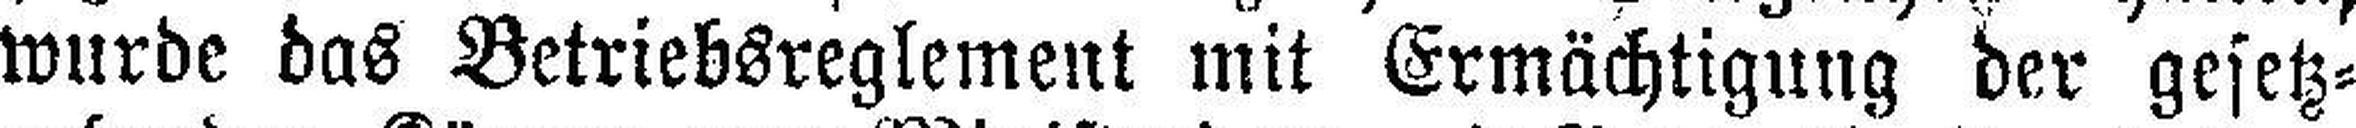
wurde das Betriebsreglement mit Ermächtigung der gesetz¬